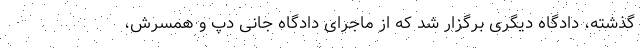
گذشته، دادگاه دیگری برگزار شد که از ماجرای دادگاه جانی دپ و همسرش،